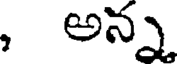
, అన్న